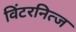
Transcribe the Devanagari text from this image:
विंटरनित्ज